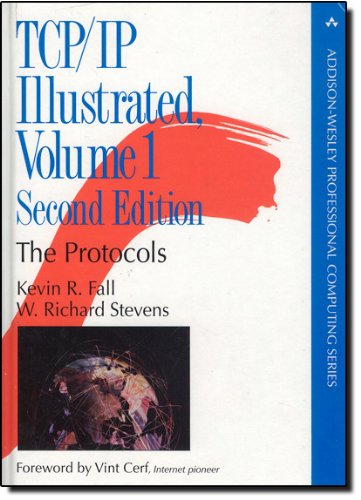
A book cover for TCP/IP Illustrated, Volume 1: The Protocols (2nd Edition) (Addison-Wesley Professional Computing Series); Kevin R. Fall; Computers & Technology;